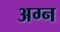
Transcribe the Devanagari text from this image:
अग्न